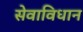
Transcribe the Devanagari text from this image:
सेवाविधान